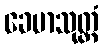
ခေမာသုတ္တံ